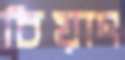
চিয়াং